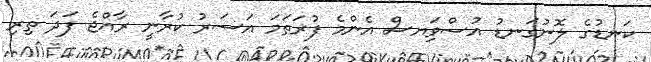
ކަނޑުގެ ލޮނުގަނޑު އުސްވިަޔސް އެންމެ ފުރަތަމަ އަސަރު ކުރާނީ ރާއްޖެ ފަދަ ތިރި